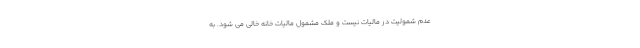
عدم شمولیت در مالیات نیست و ملک مشمول مالیات خانه خالی می شود. به